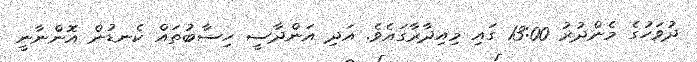
ދުވަހުގެ މެންދުރު 13:00 ގައި މިއިދާރާގައެވެ. އަދި އަންދާސީ ހިސާބުތައް ކެނޑުން އޮންނާނީ